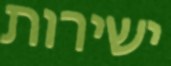
ישירות